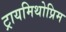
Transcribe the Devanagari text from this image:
ट्रायमिथोप्रिम